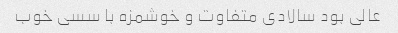
عالی بود سالادی متفاوت و خوشمزه با سسی خوب